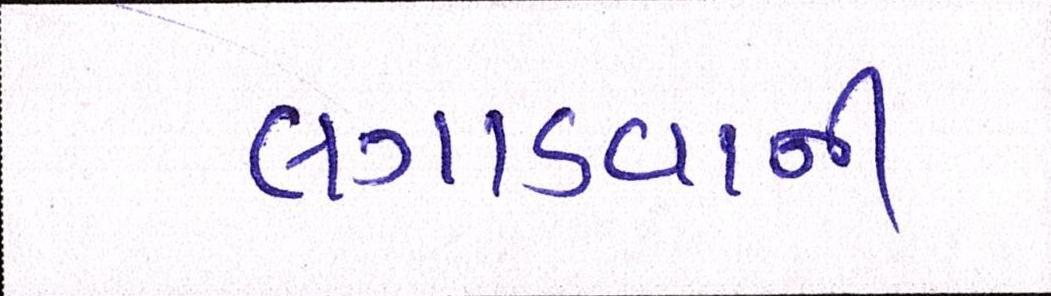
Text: લગાડવાની